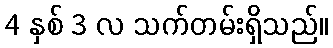
4 နှစ် 3 လ သက်တမ်းရှိသည်။